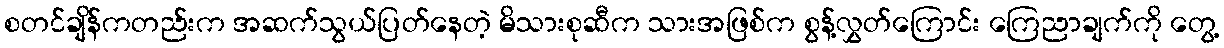
စတင်ချိန်ကတည်းက အဆက်သွယ်ပြတ်နေတဲ့ မိသားစုဆီက သားအဖြစ်က စွန့်လွှတ်ကြောင်း ကြေညာချက်ကို တွေ့